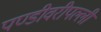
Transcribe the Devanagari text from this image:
पण्डीवरीपल्ली